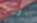
بالإرتياح